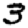
Digit: 3